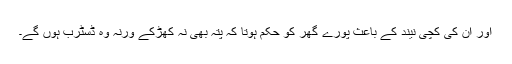
اور ان کی کچی نیند کے باعث پورے گھر کو حکم ہوتا کہ پتہ بھی نہ کھڑکے ورنہ وہ ڈسٹرب ہوں گے۔